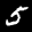
Label: 5